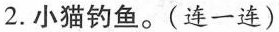
2. 小猫钓鱼。(连一连)